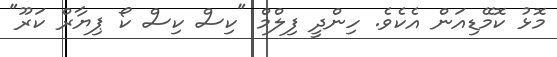
މޮޅު ކޮމޭޑިއަން އެކެވެ. ހިންދީ ފިލްމް "ކިސް ކިސް ކޯ ޕިޔާރް ކަރޫ"